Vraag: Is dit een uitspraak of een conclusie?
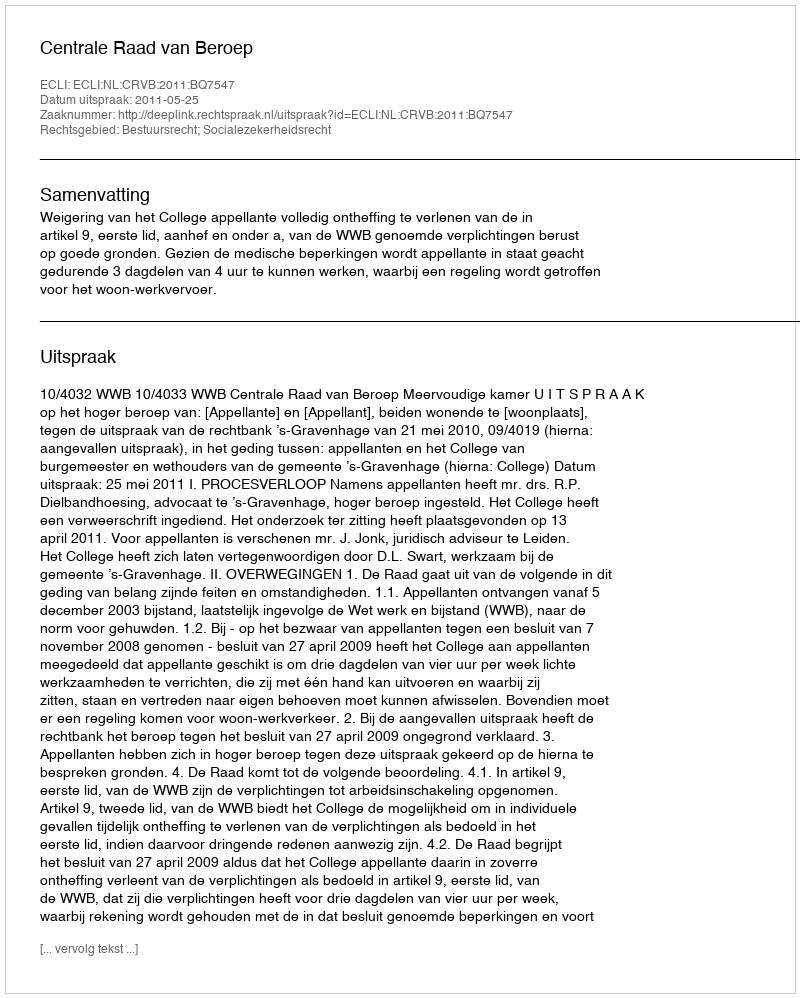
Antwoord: Uitspraak